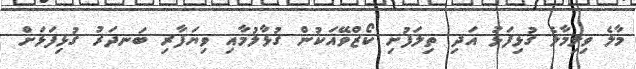
މާލެ ވިލިމާލެ ގުޅިފަޅު އަދި ތިލަފުށި ކޯޒްވޭއަކުން ގުޅާލުމާއި ވިޔަފާރި ބަނދަރު ގުޅިފަޅަށް